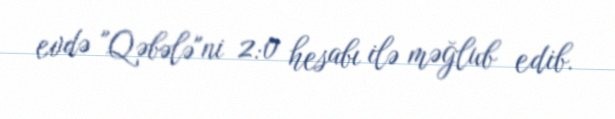
evdə "Qəbələ"ni 2:0 hesabı ilə məğlub edib.